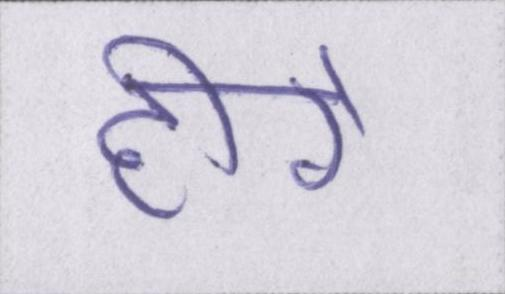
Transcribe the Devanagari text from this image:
हीरे